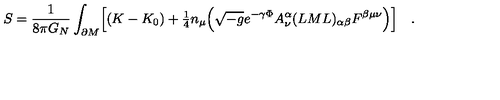
S = \frac { 1 } { 8 \pi G _ { N } } \int _ { \partial M } \Bigl [ ( K - K _ { 0 } ) + { \textstyle { \frac { 1 } { 4 } } } n _ { \mu } \Bigl ( \sqrt { - g } e ^ { - \gamma \Phi } A _ { \nu } ^ { \alpha } ( L M L ) _ { \alpha \beta } F ^ { \beta \mu \nu } \Bigr ) \Bigr ] \quad .